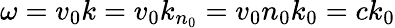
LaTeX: \omega=v_{0}k=v_{0}k_{n_{0}}=v_{0}n_{0}k_{0}=ck_{0}